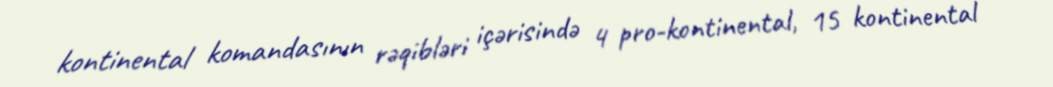
kontinental komandasının rəqibləri içərisində 4 pro-kontinental, 15 kontinental